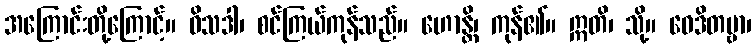
အကြောင်းတို့ကြောင့်။ ဝိသဒါ၊ စင်ကြယ်ကုန်သည်။ ဟောန္တိ၊ ကုန်၏။ ဣတိ၊ သို့။ ဝေဒိတဗ္ဗာ၊